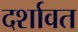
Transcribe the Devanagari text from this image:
दर्शावत